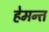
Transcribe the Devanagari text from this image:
हेमन्‍त